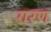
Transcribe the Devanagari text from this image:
गरण